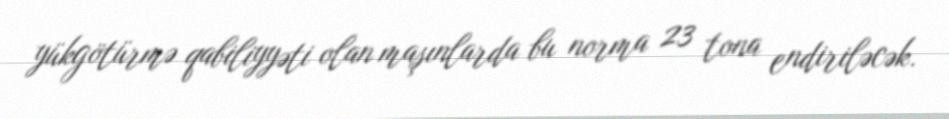
yükgötürmə qabiliyyəti olan maşınlarda bu norma 23 tona endiriləcək.